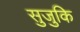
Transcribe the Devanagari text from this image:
सुजुकि